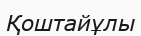
Қоштайұлы